Report on sanitation, dispensaries, and jails in Rajputana for 1910, and on vaccination for the year 1910-1911 - 1910-1911
Year: 1910
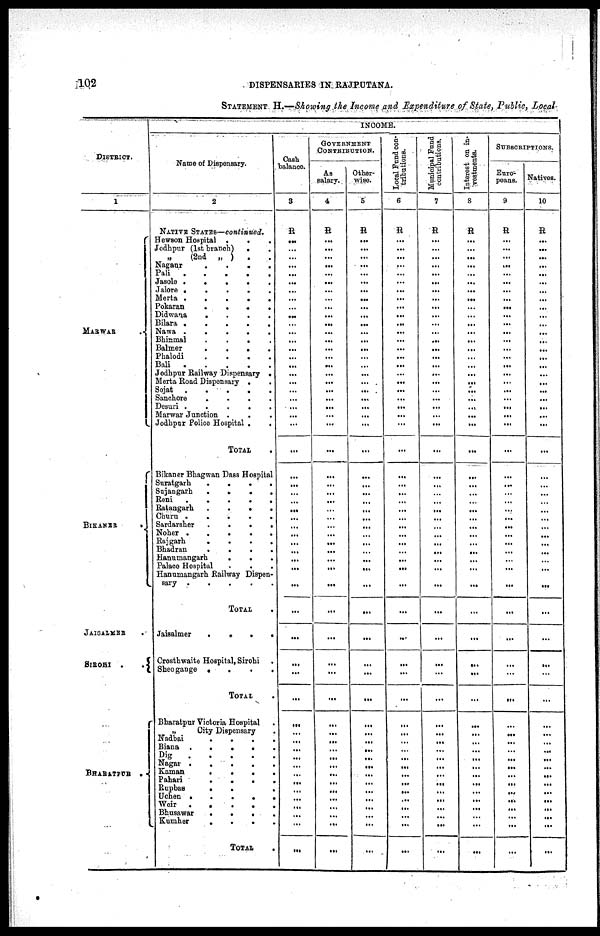
102
DISPENSARIES IN RAJPUTANA.
STATEMENT. H.—Showing the Income and Expenditure of State, Public, Local
DISTRICT.
1
MARWAR
BIKANER
JAISALMER .
SIROHI .
.
BHARATPUR .
INCOME.
Name of Dispensary.
2
NATIVE STATES—continued.
Hewson Hospital .
.
.
Jodhpur (1st branch)
. .
„
(2nd „ ) . .
Nagaur
.
.
.
.
Pali
.
.
.
.
.
Jasole .
.
.
.
.
Jalore .
.
.
.
.
Merta .
.
.
.
.
Pokaran
.
.
.
.
Didwana
.
.
.
.
Bilara .
.
.
.
.
Nawa .
.
.
.
.
Bhinmal
.
.
.
.
Balmer
.
.
.
.
Phalodi
.
.
.
.
Bali
.
.
.
.
.
Jodhpur Railway Dispensary .
Merta Road Dispensary . .
Sojat
.
.
.
.
.
Sanchore
.
.
.
.
Desuri .
.
.
.
.
Marwar Junction . . .
Jodhpur Police Hospital .
.
TOTAL
.
Bikaner Bhagwan Dass Hospital
Suratgarh
.
.
.
.
Sunjangarh
.
.
.
.
Reni
.
.
.
.
.
Ratangarh
.
.
.
.
Churn .
.
.
.
.
Sardarsher
.
.
.
.
Noher .
.
.
.
.
Rajgarh
.
.
.
.
Bhadran
.
.
.
.
Hanumangarh
.
. .
Palace Hospital . . .
Hanumangarh Railway Dispen¬
sary .
.
.
.
.
TOTAL .
Jaisalmer
.
.
.
.
Crosthwaite Hospital, Sirohi
Sheogange .
.
.
.
TOTAL
.
Bharatpur Victoria Hospital .
„
City Dispensary .
Nadbai . . . .
Biana .
.
.
. .
Dig
.
.
.
. .
Nagar .
.
.
. .
Kaman
.
.
. .
Pahari
.
.
. .
Rupbas
.
. .
Uchen .
.
.
. .
Weir
.
.
.
. .
Bhusawar
.
.
. .
Kumher
.
.
. .
TOTAL .
Cash
balance.
3
R
...
...
...
...
...
...
...
...
...
...
...
...
...
...
...
...
...
...
...
...
...
...
...
...
...
...
...
...
...
...
...
...
...
...
...
...
...
...
...
...
...
...
...
...
...
...
...
...
...
...
...
...
...
...
...
...
GOVERNMENT
CONTRIBUTION.
As
salary.
4
R
...
...
...
...
...
...
...
...
...
...
...
...
...
...
...
...
...
...
...
...
...
...
...
...
...
...
...
...
...
...
...
...
...
...
...
...
...
...
...
...
...
...
...
...
...
...
...
...
...
...
...
...
...
...
...
...
Other-
wise.
5
R
...
...
...
...
...
...
...
...
...
...
...
...
...
...
...
...
...
...
...
...
...
...
...
...
...
...
...
...
...
...
...
...
...
...
...
...
...
...
...
...
...
...
...
...
...
...
...
...
...
...
...
...
...
...
...
...
Local Fund con-
tributions.
6
R
...
...
...
...
...
...
...
...
...
...
...
...
...
...
...
...
...
...
...
...
...
...
...
...
...
...
...
...
...
...
...
...
...
...
...
...
...
...
...
...
...
...
...
...
...
...
...
...
...
...
...
...
...
...
...
...
Municipal Fund
contributions.
7
R
...
...
...
...
...
...
...
...
...
...
...
...
...
...
...
...
...
...
...
...
...
...
...
...
...
...
...
...
...
...
...
...
...
...
...
...
...
...
...
...
...
...
...
...
...
...
...
...
...
...
...
...
...
...
...
...
Interest on in-
vestments.
8
R
...
...
...
...
...
...
...
...
...
...
...
...
...
...
...
...
...
...
...
...
...
...
...
...
...
...
...
...
...
...
...
...
...
...
...
...
...
...
...
...
...
...
...
...
...
...
...
...
...
...
...
...
...
...
...
...
SUBSCRIPTIONS.
Euro-
peans.
9
R
...
...
...
...
...
...
...
...
...
...
...
...
...
...
...
...
...
...
...
...
...
...
...
...
...
...
...
...
...
...
...
...
...
...
...
...
...
...
...
...
...
...
...
...
...
...
...
...
...
...
...
...
...
...
...
...
Natives.
10
R
...
...
...
...
...
...
...
...
...
...
...
...
...
...
...
...
...
...
...
...
...
...
...
...
...
...
...
...
...
...
...
...
...
...
...
...
...
...
...
...
...
...
...
...
...
...
...
...
...
...
...
...
...
...
...
...